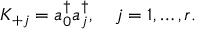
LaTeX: K _ { + j } = a _ { 0 } ^ { \dagger } a _ { j } ^ { \dagger } , \quad j = 1 , \ldots , r .